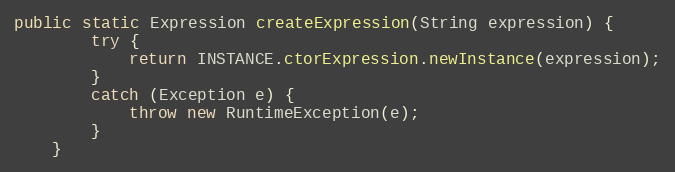
Language: Java
public static Expression createExpression(String expression) {
        try {
            return INSTANCE.ctorExpression.newInstance(expression);
        }
        catch (Exception e) {
            throw new RuntimeException(e);
        }
    }